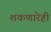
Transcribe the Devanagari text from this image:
शकणारेही